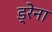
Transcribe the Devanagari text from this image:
ड्रेना